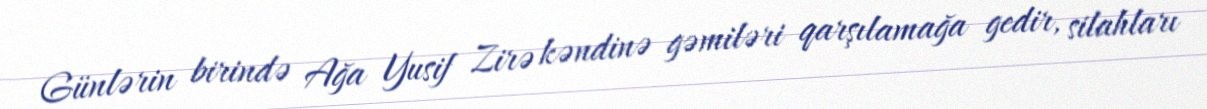
Günlərin birində Ağa Yusif Zirə kəndinə gəmiləri qarşılamağa gedir, silahları